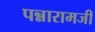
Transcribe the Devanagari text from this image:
पन्नारामजी